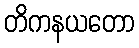
တိကနယတော